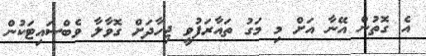
އެ ގޮތުން އޭނާ އަށް މި މަގު ތައާރަފުވީ ޖިހާދަށް ގޮވާލާ ވެބްސައިޓަކުން